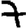
Digit: 7